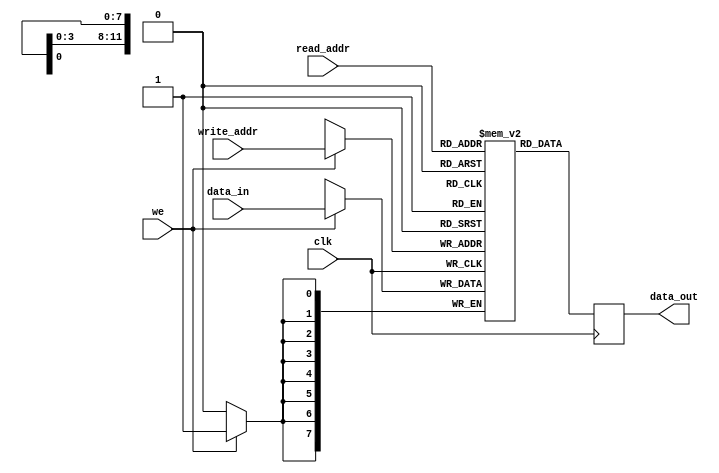
module dual_port_RAM
#(parameter DATA_WIDTH=8, parameter ADDR_WIDTH=12)
(
    input                          we, 
    input                          clk,
    // Read port:
    input      [(DATA_WIDTH-1):0]  data_in,
    input      [(ADDR_WIDTH-1):0]  read_addr, 
    // Write port:
    input      [(ADDR_WIDTH-1):0]  write_addr,
    output reg [(DATA_WIDTH-1):0]  data_out
);
    // Declare the array variable
    reg [DATA_WIDTH-1:0] dp_ram [0:2**ADDR_WIDTH-1];
    
    always @ (posedge clk)
    begin
        // Write
        if (we)
            dp_ram [write_addr] <= data_in;
 
         // Read
        data_out <= dp_ram [read_addr];
    end
endmodule